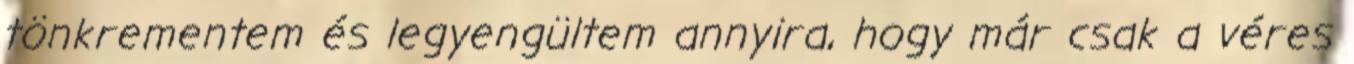
tönkrementem és legyengültem annyira, hogy már csak a véres